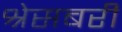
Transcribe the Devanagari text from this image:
श्रेसबरी